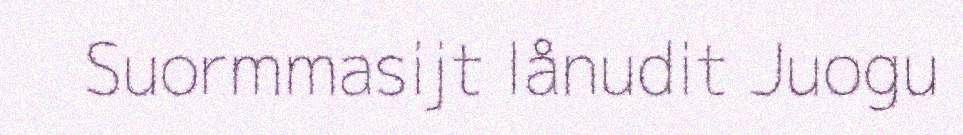
Suormmasijt lånudit Juogu